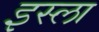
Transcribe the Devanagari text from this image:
इस्‍ला